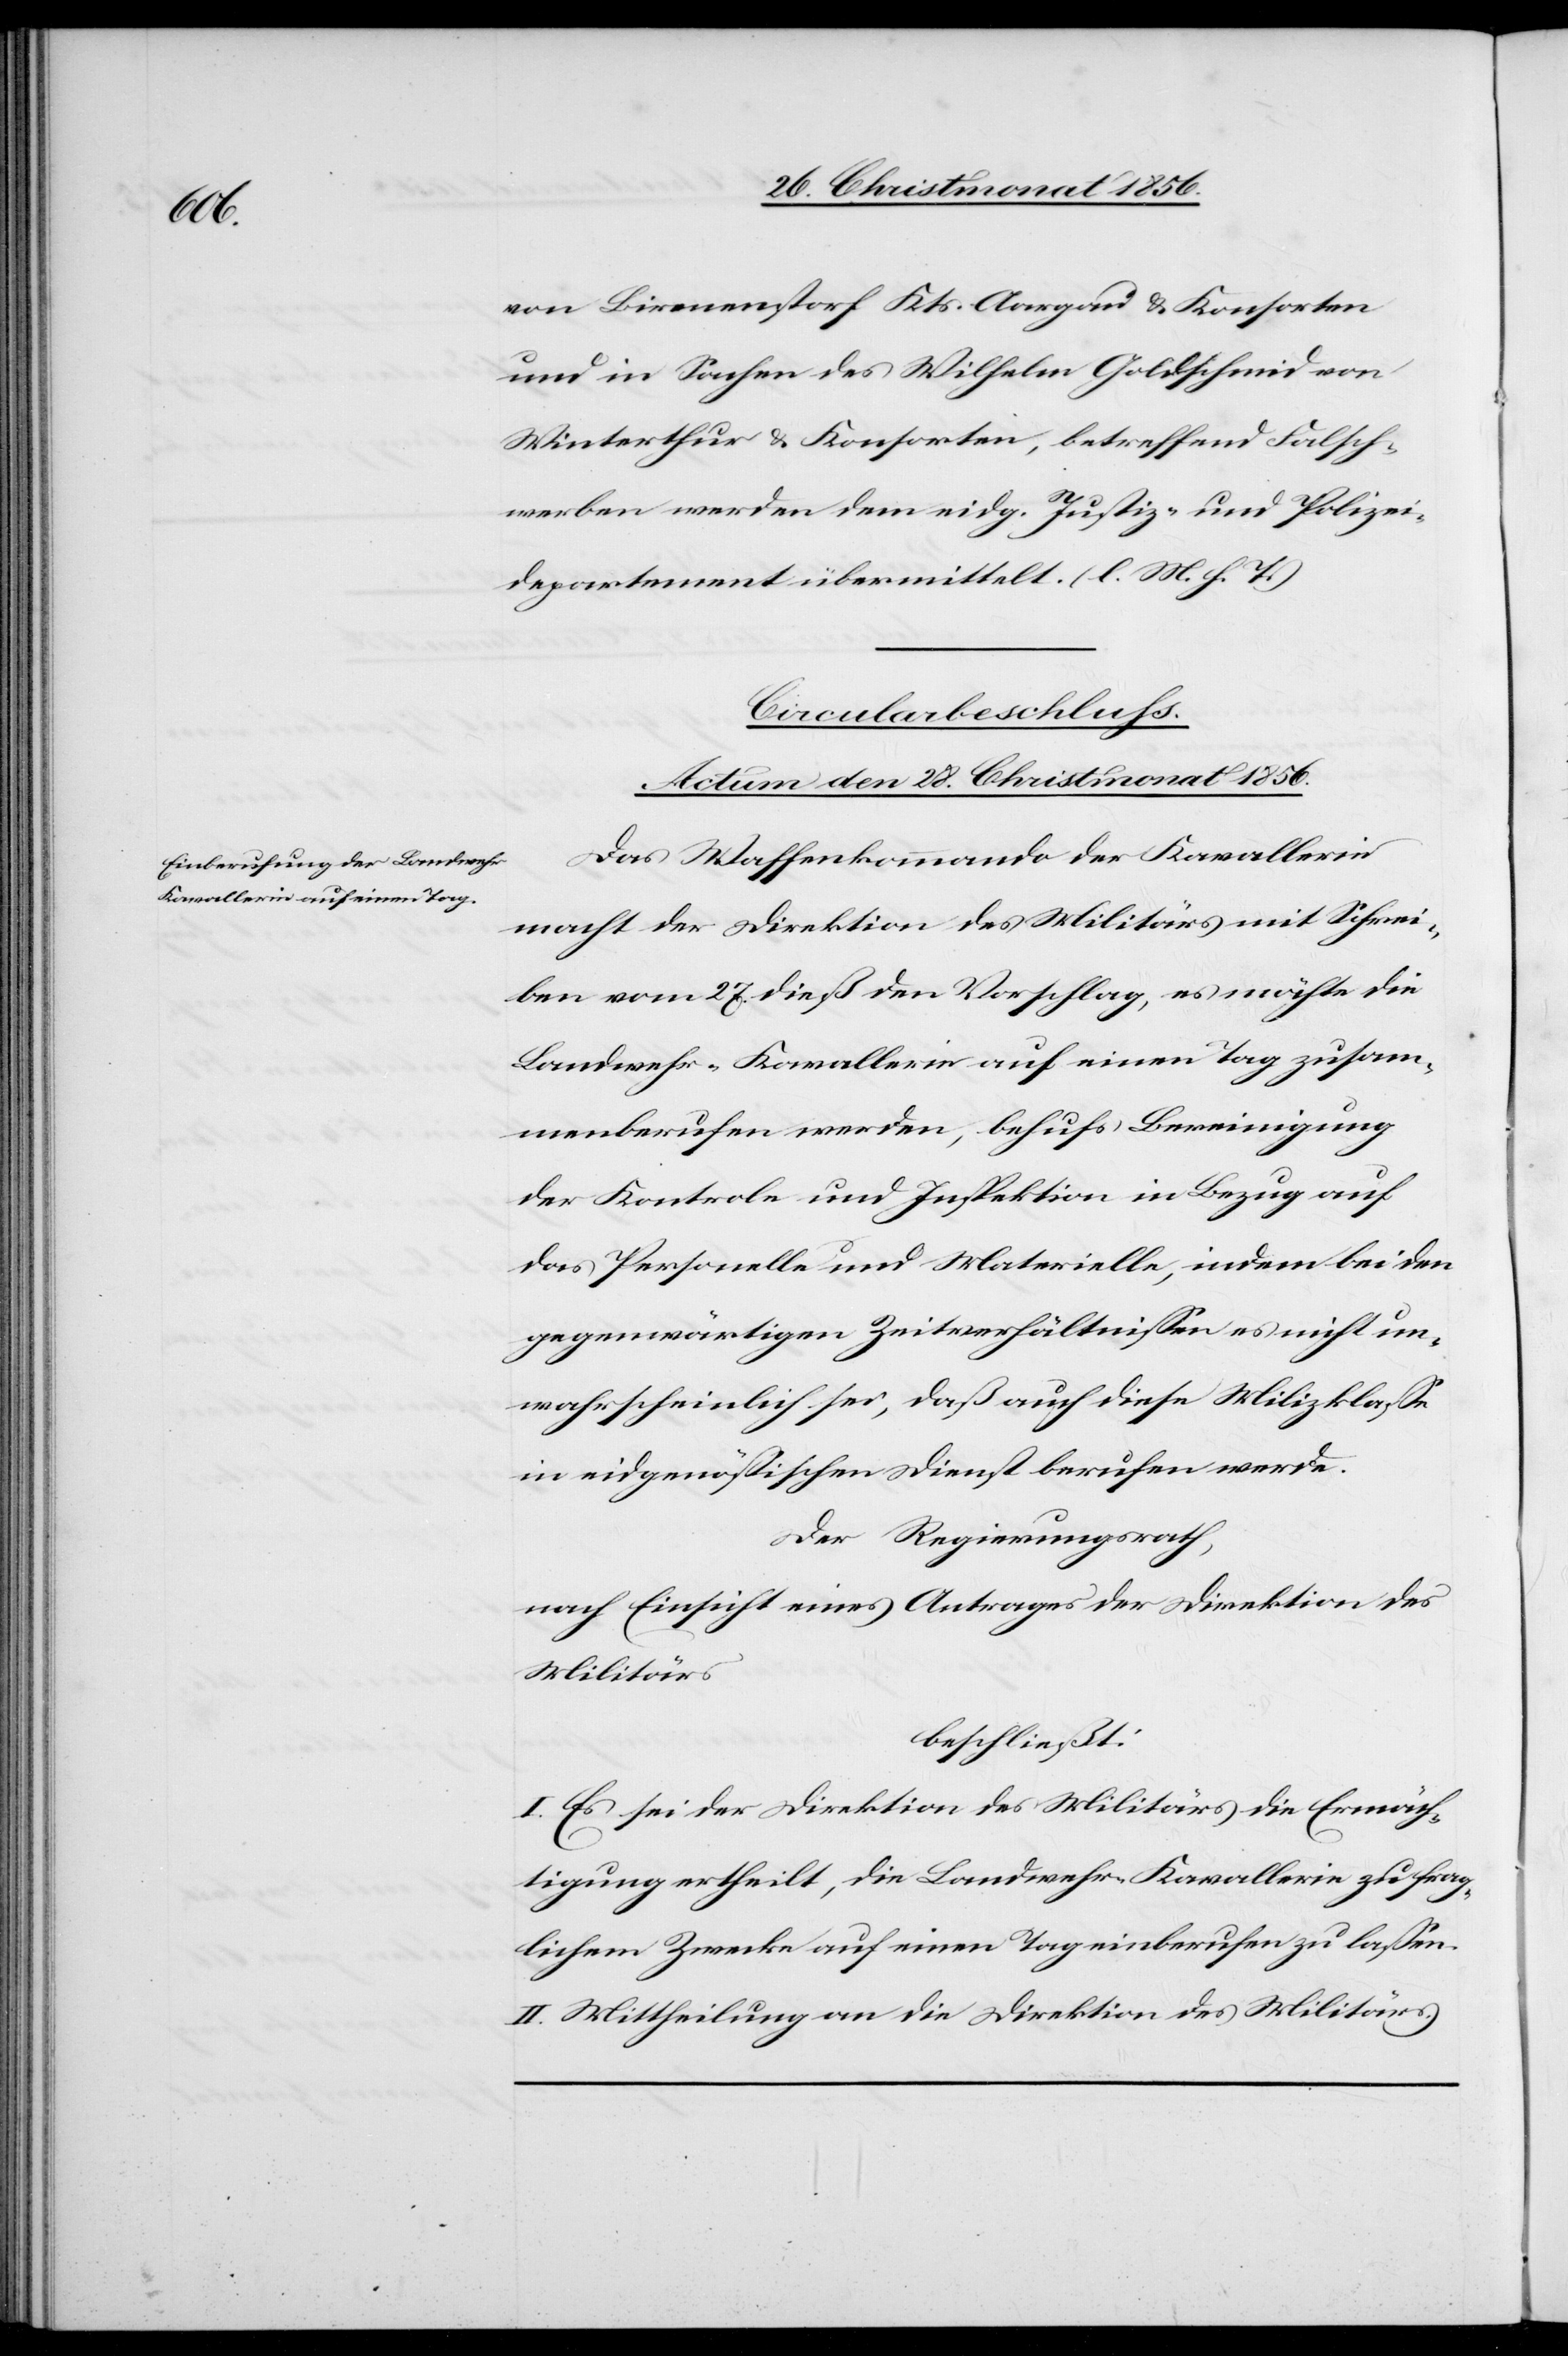
von Birmenstorf Kts. Aargau & Konsorten
und in Sachen des Wilhelm Goldschmid von
Winterthur & Konsorten, betreffend Falsch¬
werben werden dem eidg. Justiz- und Polizei¬
departement übermittelt. (l. M. h. T.)
Circularbeschluss.
Actum den 28. Christmonat 1856.
Das Waffenkommando der Kavallerie
macht der Direktion des Militärs mit Schrei¬
ben vom 27. dieß den Vorschlag, es möchte die
Landwehr-Kavallerie auf einen Tag zusam¬
menberufen werden, behufs Bereinigung
der Kontrole und Inspektion in Bezug auf
das Personelle und Materielle, indem bei den
gegenwärtigen Zeitverhältnissen es nicht un¬
wahrscheinlich sei, daß auch diese Milizklasse
in eidgenössischen Dienst berufen werde.
Der Regierungsrath,
nach Einsicht eines Antrages der Direktion des
Militärs
beschließt:
I. Es sei der Direktion des Militärs die Ermäch¬
tigung ertheilt, die Landwehr-Kavallerie zu frag¬
lichem Zwecke auf einen Tag einberufen zu lassen.
II. Mittheilung an die Direktion des Militärs.